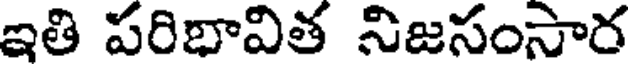
ఇతి పరిభావిత నిజసంసార